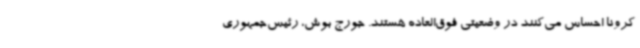
کرونا احساس می‌کنند در وضعیتی فوق‌العاده هستند. جورج بوش، رئیس‌جمهوری